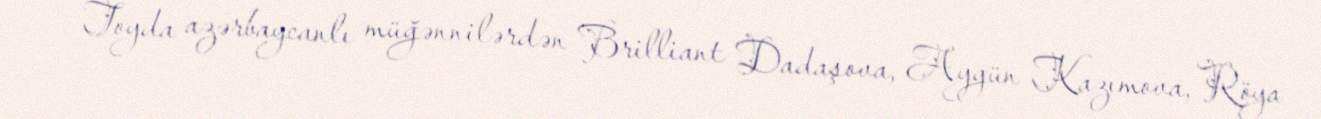
Toyda azərbaycanlı müğənnilərdən Brilliant Dadaşova, Aygün Kazımova, Röya